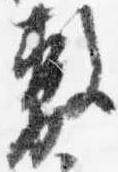
敷